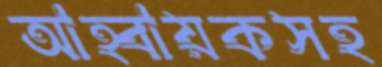
আহ্বায়কসহ